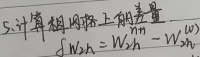
5. 计算网络上相量差\(\dot{I}_{W2n}=\dot{I}_{W2n}-\dot{I}_{W1n}\)